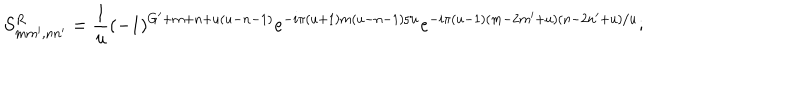
LaTeX: S _ { m m ^ { \prime } , n n ^ { \prime } } ^ { R } = \frac { 1 } { u } ( - 1 ) ^ { G ^ { \prime } + m + n + u ( u - n - 1 ) } e ^ { - i \pi ( u + 1 ) m ( u - n - 1 ) / u } e ^ { - i \pi ( u - 1 ) ( m - 2 m ^ { \prime } + u ) ( n - 2 n ^ { \prime } + u ) / u } ;